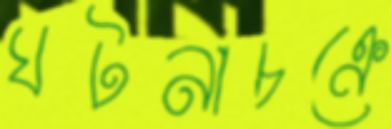
ঘটনাচক্রে